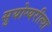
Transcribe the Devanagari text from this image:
सुयोग्यरीत्या